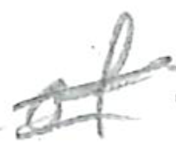
Text: of
Cross-out: double-line
Writing tool: pencil